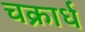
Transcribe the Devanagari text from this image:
चक्रार्ध